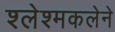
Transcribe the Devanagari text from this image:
श्लेश्मकलेने